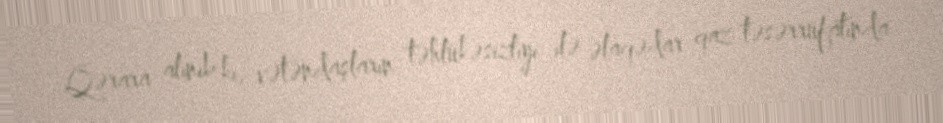
Qərara alınıb ki, vətəndaşların təhlükəsizliyi ilə əlaqədar qaz təsərrüfatında